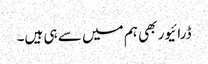
ڈرائیور بھی ہم میں سے ہی ہیں۔